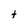
Character: t